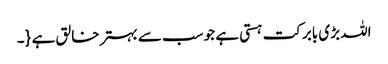
اللہ بڑی بابرکت ہستی ہے جو سب سے بہتر خالق ہے {۔